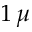
1 \, \mu